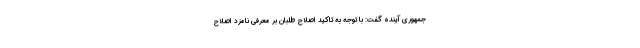
جمهوری آینده گفت: با توجه به تاکید اصلاح طلبان بر معرفی نامزد اصلاح